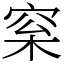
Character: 梥